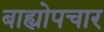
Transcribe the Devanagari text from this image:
बाह्योपचार